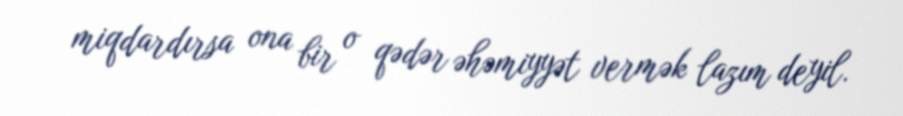
miqdardırsa ona bir o qədər əhəmiyyət vermək lazım deyil.